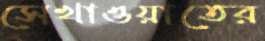
সেখাওয়াতের